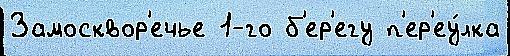
Замосквор'ечье 1-го б'ер'егу п'ер'еу́лка